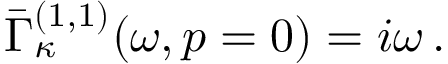
\bar { \Gamma } _ { \kappa } ^ { ( 1 , 1 ) } ( \omega , p = 0 ) = i \omega \, .